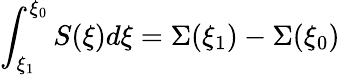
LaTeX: \int_{\xi_{1}}^{\xi_{0}}S(\xi)d\xi=\Sigma(\xi_{1})-\Sigma(\xi_{0})